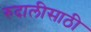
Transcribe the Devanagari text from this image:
रुदालीसाठी